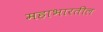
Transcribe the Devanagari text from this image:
महाभारतील